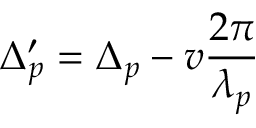
\Delta _ { p } ^ { \prime } = \Delta _ { p } - v \frac { 2 \pi } { \lambda _ { p } }